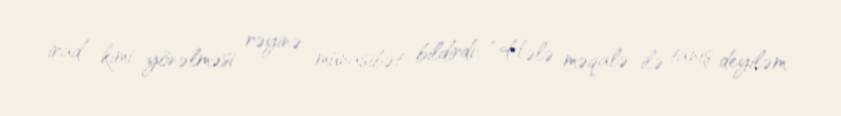
irad kimi yönəlməsi rəyinə münasibət bildirdi: “Hələ məqalə ilə tanış deyiləm.